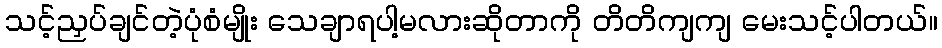
သင့်ညှပ်ချင်တဲ့ပုံစံမျိုး သေချာရပါ့မလားဆိုတာကို တိတိကျကျ မေးသင့်ပါတယ်။